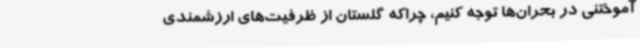
آموختنی در بحران‌ها توجه کنیم، چراکه گلستان از ظرفیت‌های ارزشمندی